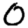
Digit: 0